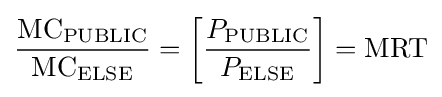
{\frac {{\text{MC}}_{\text{PUBLIC}}}{{\text{MC}}_{\text{ELSE}}}}=\left[{\frac {P_{\text{PUBLIC}}}{P_{\text{ELSE}}}}\right]={\text{MRT}}